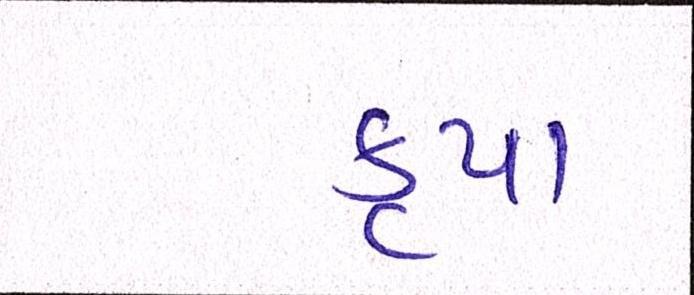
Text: કૃપા